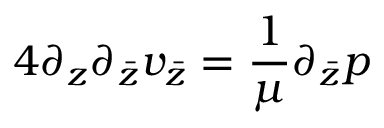
4 \partial _ { z } \partial _ { \bar { z } } v _ { \bar { z } } = \frac { 1 } { \mu } \partial _ { \bar { z } } p